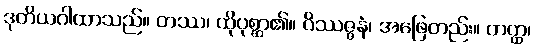
ဒုတိယဂါထာသည်။ တဿ၊ ထိုပုစ္ဆာ၏။ ဝိဿဇ္ဇနံ၊ အဖြေတည်း။ တတ္ထ၊